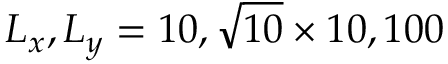
L _ { x } , L _ { y } = 1 0 , \sqrt { 1 0 } \times 1 0 , 1 0 0